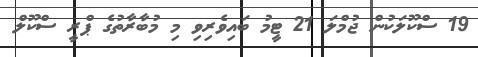
19 ސްކޫލަކުން ޖުމްލަ 21 ޓީމު ބައިވެރިވި މި މުބާރާތުގެ ޕްރީ ސްކޫލް